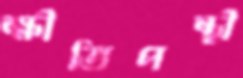
ক্ষীতিপন্থী